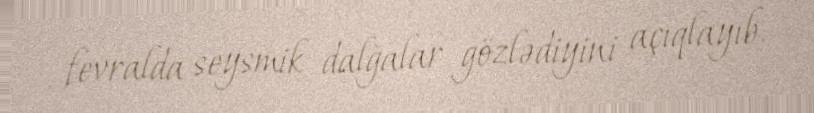
fevralda seysmik dalğalar gözlədiyini açıqlayıb.